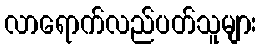
လာရောက်လည်ပတ်သူများ